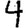
Digit: 4